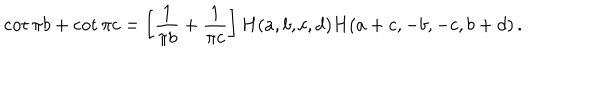
\cot \pi b + \cot \pi c = \left[ \frac { 1 } { \pi b } + \frac { 1 } { \pi c } \right] H ( a , b , c , d ) H ( a + c , - b , - c , b + d ) \, .